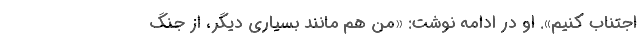
اجتناب کنیم». او در ادامه نوشت: «من هم مانند بسیاری دیگر، از جنگ